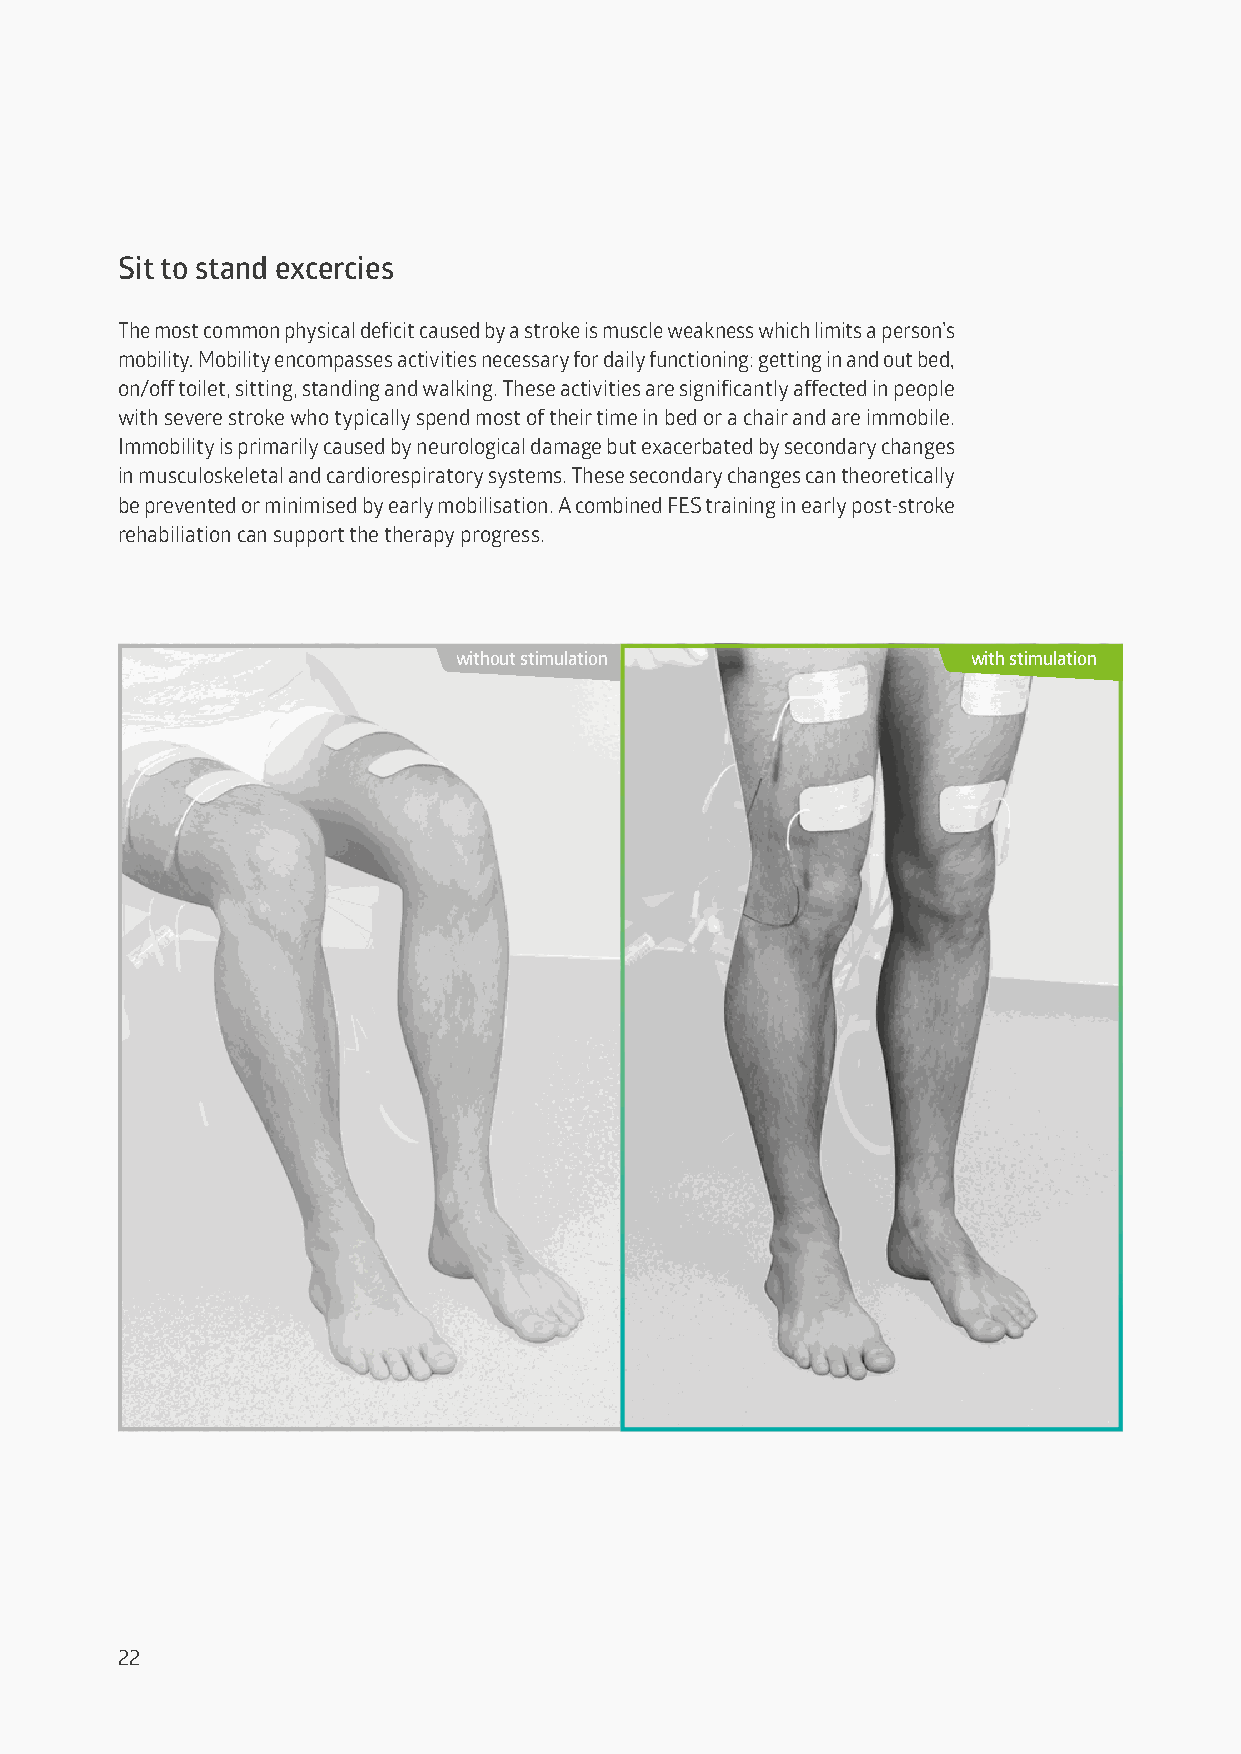
Sit to stand excercies
 The most common physical deficit caused by a stroke is muscle weakness which limits a person’s
 mobility. Mobility encompasses activities necessary for daily functioning: getting in and out bed,
 on/off toilet, sitting, standing and walking. These activities are significantly affected in people
 with severe stroke who typically spend most of their time in bed or a chair and are immobile.
 Immobility is primarily caused by neurological damage but exacerbated by secondary changes
 in musculoskeletal and cardiorespiratory systems. These secondary changes can theoretically
 be prevented or minimised by early mobilisation. A combined FES training in early post-stroke
 rehabiliation can support the therapy progress.
 without stimulation               with stimulation
 22